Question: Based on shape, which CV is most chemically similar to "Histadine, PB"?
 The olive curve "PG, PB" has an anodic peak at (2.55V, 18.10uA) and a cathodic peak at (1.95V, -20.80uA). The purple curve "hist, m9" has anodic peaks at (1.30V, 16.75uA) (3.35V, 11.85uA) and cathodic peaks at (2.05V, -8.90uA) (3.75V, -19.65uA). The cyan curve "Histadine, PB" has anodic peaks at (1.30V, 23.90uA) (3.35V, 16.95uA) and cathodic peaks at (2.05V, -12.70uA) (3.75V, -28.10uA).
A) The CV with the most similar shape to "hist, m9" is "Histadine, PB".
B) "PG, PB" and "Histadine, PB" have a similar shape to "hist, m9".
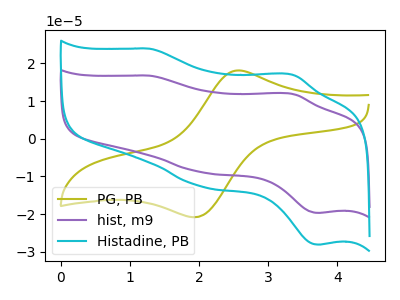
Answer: <think>"PG, PB" and "hist, m9" have a different number of peaks. "PG, PB" and "Histadine, PB" have a different number of peaks. All the peaks in "hist, m9" have a peak in "Histadine, PB" at the same potential. Every peak in "hist, m9" is lower than every peak in "Histadine, PB".
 </think>
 <answer>A) The CV with the most similar shape to "hist, m9" is "Histadine, PB".</answer>
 <eval>A</eval>